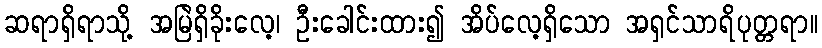
ဆရာရှိရာသို့ အမြဲရှိခိုးလေ့၊ ဦးခေါင်းထား၍ အိပ်လေ့ရှိသော အရှင်သာရိပုတ္တရာ။